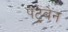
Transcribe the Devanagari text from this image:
पेंट्रेबेन